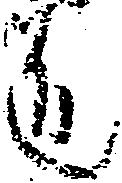
道